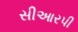
સીઆરપી